Note on the mental hospitals in Burma - 1925-1940
Year: 1925
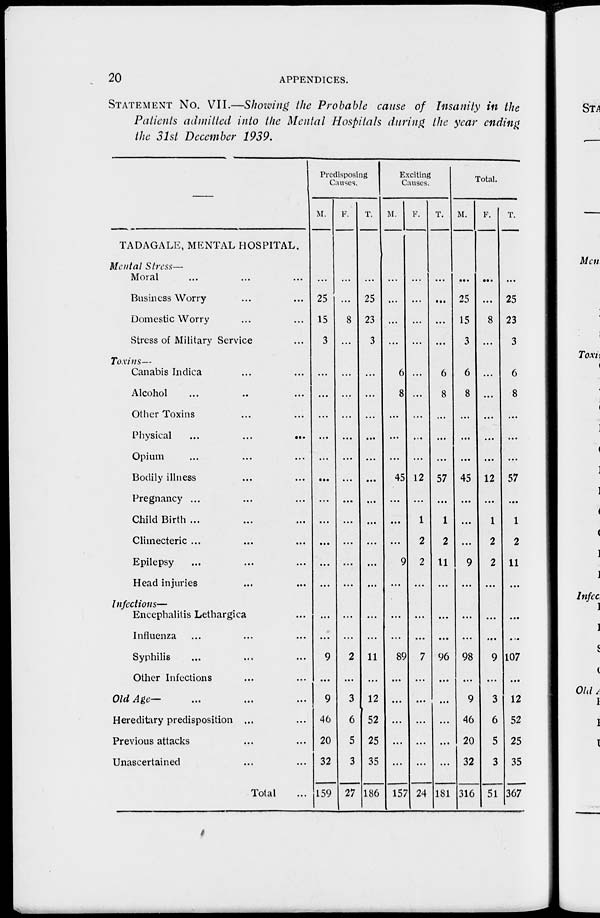
20
APPENDICES.
STATEMENT No. VII.—Showing the Probable cause of Insanity in the
Patients admitted into the Mental Hospitals during the year ending
the 31st December 1939.
TADAGALE, MENTAL HOSPITAL.
Mental Stress—
Moral ... ... ...
Business Worry ... ...
Domestic Worry ... ...
Stress of Military Service ...
Toxins—
Canabis Indica ... ...
Alcohol ... ...
Other Toxins ... ...
Physical
...
...
...
Opium ... ... ...
Bodily illness ... ... ...
Pregnancy ... ... ...
Child Birth ... ... ...
Climecteric ...
Epilepsy ... ... ...
Head injuries ... ...
Infections—
Encephalitis Lethargica ...
Influenza ... ... ...
Syphilis ... ... ...
Other Infections ... ... ...
Old Age—
Hereditary predisposition ... ...
Previous attacks ... ...
Unascertained ... ...
Total ...
Predisposing
Causes.
M.
...
25
15
3
...
...
...
...
...
...
...
...
...
...
...
...
...
9
...
9
46
20
32
159
F.
...
...
8
...
...
...
...
...
...
...
...
...
...
...
...
...
...
2
...
3
6
5
3
27
T.
...
25
23
3
...
...
...
...
...
...
...
...
...
...
...
...
...
11
...
12
52
25
35
186
Exciting
Causes.
M.
...
...
...
...
6
8
...
...
...
45
...
...
...
9
...
...
...
89
...
...
...
...
...
157
F.
...
...
...
...
...
...
...
...
...
12
...
1
2
2
...
...
...
7
...
...
...
...
...
24
T.
...
...
...
...
6
8
...
...
...
57
...
1
2
11
...
...
...
96
...
...
...
...
...
181
Total.
M.
...
25
15
3
6
8
...
...
...
45
...
...
...
9
...
...
...
98
...
9
46
20
32
316
F.
...
...
8
...
...
...
...
...
...
12
...
1
2
2
...
...
...
9
...
3
6
5
3
51
T.
...
25
23
3
6
8
...
...
...
57
...
1
2
11
...
...
...
107
...
12
52
25
35
367